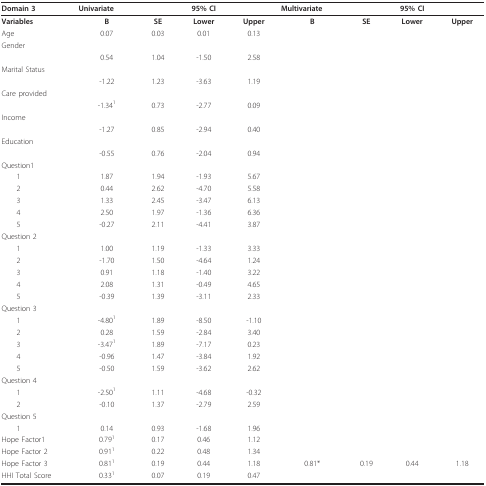
<table><thead><tr><td><b>Domain 3</b></td><td><b>Univariate</b></td><td></td><td><b>95% CI</b></td><td></td><td><b>Multivariate</b></td><td></td><td><b>95% CI</b></td><td></td></tr></thead><tbody><tr><td><b>Variables</b></td><td><b>B</b></td><td><b>SE</b></td><td><b>Lower</b></td><td><b>Upper</b></td><td><b>B</b></td><td><b>SE</b></td><td><b>Lower</b></td><td><b>Upper</b></td></tr><tr><td>Age</td><td>0.07</td><td>0.03</td><td>0.01</td><td>0.13</td><td></td><td></td><td></td><td></td></tr><tr><td>Gender</td><td></td><td></td><td></td><td></td><td></td><td></td><td></td><td></td></tr><tr><td></td><td>0.54</td><td>1.04</td><td>-1.50</td><td>2.58</td><td></td><td></td><td></td><td></td></tr><tr><td>Marital Status</td><td></td><td></td><td></td><td></td><td></td><td></td><td></td><td></td></tr><tr><td></td><td>-1.22</td><td>1.23</td><td>-3.63</td><td>1.19</td><td></td><td></td><td></td><td></td></tr><tr><td>Care provided</td><td></td><td></td><td></td><td></td><td></td><td></td><td></td><td></td></tr><tr><td></td><td>-1.34<sup>1</sup></td><td>0.73</td><td>-2.77</td><td>0.09</td><td></td><td></td><td></td><td></td></tr><tr><td>Income</td><td></td><td></td><td></td><td></td><td></td><td></td><td></td><td></td></tr><tr><td></td><td>-1.27</td><td>0.85</td><td>-2.94</td><td>0.40</td><td></td><td></td><td></td><td></td></tr><tr><td>Education</td><td></td><td></td><td></td><td></td><td></td><td></td><td></td><td></td></tr><tr><td></td><td>-0.55</td><td>0.76</td><td>-2.04</td><td>0.94</td><td></td><td></td><td></td><td></td></tr><tr><td>Question1</td><td></td><td></td><td></td><td></td><td></td><td></td><td></td><td></td></tr><tr><td> 1</td><td>1.87</td><td>1.94</td><td>-1.93</td><td>5.67</td><td></td><td></td><td></td><td></td></tr><tr><td> 2</td><td>0.44</td><td>2.62</td><td>-4.70</td><td>5.58</td><td></td><td></td><td></td><td></td></tr><tr><td> 3</td><td>1.33</td><td>2.45</td><td>-3.47</td><td>6.13</td><td></td><td></td><td></td><td></td></tr><tr><td> 4</td><td>2.50</td><td>1.97</td><td>-1.36</td><td>6.36</td><td></td><td></td><td></td><td></td></tr><tr><td> 5</td><td>-0.27</td><td>2.11</td><td>-4.41</td><td>3.87</td><td></td><td></td><td></td><td></td></tr><tr><td>Question 2</td><td></td><td></td><td></td><td></td><td></td><td></td><td></td><td></td></tr><tr><td> 1</td><td>1.00</td><td>1.19</td><td>-1.33</td><td>3.33</td><td></td><td></td><td></td><td></td></tr><tr><td> 2</td><td>-1.70</td><td>1.50</td><td>-4.64</td><td>1.24</td><td></td><td></td><td></td><td></td></tr><tr><td> 3</td><td>0.91</td><td>1.18</td><td>-1.40</td><td>3.22</td><td></td><td></td><td></td><td></td></tr><tr><td> 4</td><td>2.08</td><td>1.31</td><td>-0.49</td><td>4.65</td><td></td><td></td><td></td><td></td></tr><tr><td> 5</td><td>-0.39</td><td>1.39</td><td>-3.11</td><td>2.33</td><td></td><td></td><td></td><td></td></tr><tr><td>Question 3</td><td></td><td></td><td></td><td></td><td></td><td></td><td></td><td></td></tr><tr><td> 1</td><td>-4.80<sup>1</sup></td><td>1.89</td><td>-8.50</td><td>-1.10</td><td></td><td></td><td></td><td></td></tr><tr><td> 2</td><td>0.28</td><td>1.59</td><td>-2.84</td><td>3.40</td><td></td><td></td><td></td><td></td></tr><tr><td> 3</td><td>-3.47<sup>1</sup></td><td>1.89</td><td>-7.17</td><td>0.23</td><td></td><td></td><td></td><td></td></tr><tr><td> 4</td><td>-0.96</td><td>1.47</td><td>-3.84</td><td>1.92</td><td></td><td></td><td></td><td></td></tr><tr><td> 5</td><td>-0.50</td><td>1.59</td><td>-3.62</td><td>2.62</td><td></td><td></td><td></td><td></td></tr><tr><td>Question 4</td><td></td><td></td><td></td><td></td><td></td><td></td><td></td><td></td></tr><tr><td> 1</td><td>-2.50<sup>1</sup></td><td>1.11</td><td>-4.68</td><td>-0.32</td><td></td><td></td><td></td><td></td></tr><tr><td> 2</td><td>-0.10</td><td>1.37</td><td>-2.79</td><td>2.59</td><td></td><td></td><td></td><td></td></tr><tr><td>Question 5</td><td></td><td></td><td></td><td></td><td></td><td></td><td></td><td></td></tr><tr><td> 1</td><td>0.14</td><td>0.93</td><td>-1.68</td><td>1.96</td><td></td><td></td><td></td><td></td></tr><tr><td>Hope Factor1</td><td>0.79<sup>1</sup></td><td>0.17</td><td>0.46</td><td>1.12</td><td></td><td></td><td></td><td></td></tr><tr><td>Hope Factor 2</td><td>0.91<sup>1</sup></td><td>0.22</td><td>0.48</td><td>1.34</td><td></td><td></td><td></td><td></td></tr><tr><td>Hope Factor 3</td><td>0.81<sup>1</sup></td><td>0.19</td><td>0.44</td><td>1.18</td><td>0.81*</td><td>0.19</td><td>0.44</td><td>1.18</td></tr><tr><td>HHI Total Score</td><td>0.33<sup>1</sup></td><td>0.07</td><td>0.19</td><td>0.47</td><td></td><td></td><td></td><td></td></tr></tbody></table>